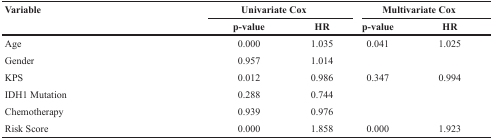
| <ROWSPAN=2> Variable | <COLSPAN=2> Univariate Cox | <COLSPAN=2> Multivariate Cox |
 | p-value | HR | p-value | HR |
 | --- | --- | --- | --- | --- |
 | Age | 0.000 | 1.035 | 0.041 | 1.025 |
 | Gender | 0.957 | 1.014 |  |  |
 | KPS | 0.012 | 0.986 | 0.347 | 0.994 |
 | IDH1 Mutation | 0.288 | 0.744 |  |  |
 | Chemotherapy | 0.939 | 0.976 |  |  |
 | Risk Score | 0.000 | 1.858 | 0.000 | 1.923 |